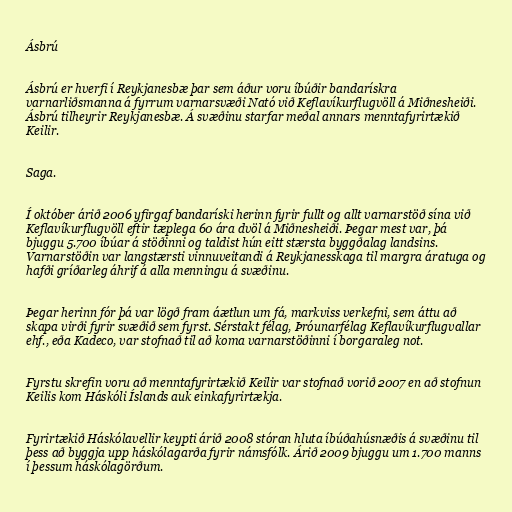
Ásbrú

Ásbrú er hverfi í Reykjanesbæ þar sem áður voru íbúðir bandarískra
varnarliðsmanna á fyrrum varnarsvæði Nató við Keflavíkurflugvöll á Miðnesheiði.
Ásbrú tilheyrir Reykjanesbæ. Á svæðinu starfar meðal annars menntafyrirtækið
Keilir.

Saga.

Í október árið 2006 yfirgaf bandaríski herinn fyrir fullt og allt varnarstöð sína við
Keflavíkurflugvöll eftir tæplega 60 ára dvöl á Miðnesheiði. Þegar mest var, þá
bjuggu 5.700 íbúar á stöðinni og taldist hún eitt stærsta byggðalag landsins.
Varnarstöðin var langstærsti vinnuveitandi á Reykjanesskaga til margra áratuga og
hafði gríðarleg áhrif á alla menningu á svæðinu.

Þegar herinn fór þá var lögð fram áætlun um fá, markviss verkefni, sem áttu að
skapa virði fyrir svæðið sem fyrst. Sérstakt félag, Þróunarfélag Keflavíkurflugvallar
ehf., eða Kadeco, var stofnað til að koma varnarstöðinni í borgaraleg not.

Fyrstu skrefin voru að menntafyrirtækið Keilir var stofnað vorið 2007 en að stofnun
Keilis kom Háskóli Íslands auk einkafyrirtækja.

Fyrirtækið Háskólavellir keypti árið 2008 stóran hluta íbúðahúsnæðis á svæðinu til
þess að byggja upp háskólagarða fyrir námsfólk. Árið 2009 bjuggu um 1.700 manns
í þessum háskólagörðum.